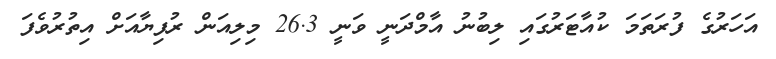
އަހަރުގެ ފުރަތަމަ ކުއާޓަރުގައި ލިބުނު އާމްދަނީ ވަނީ 26.3 މިލިއަން ރުފިޔާއަށް އިތުރުވެފަ